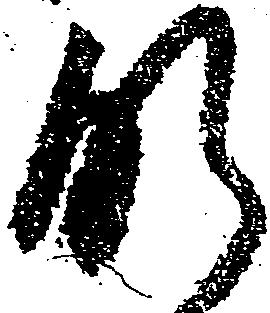
肝